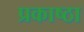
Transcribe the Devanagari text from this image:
प्रकाष्ठा